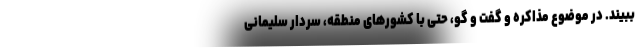
ببیند. در موضوع مذاکره و گفت و گو، حتی با کشورهای منطقه، سردار سلیمانی